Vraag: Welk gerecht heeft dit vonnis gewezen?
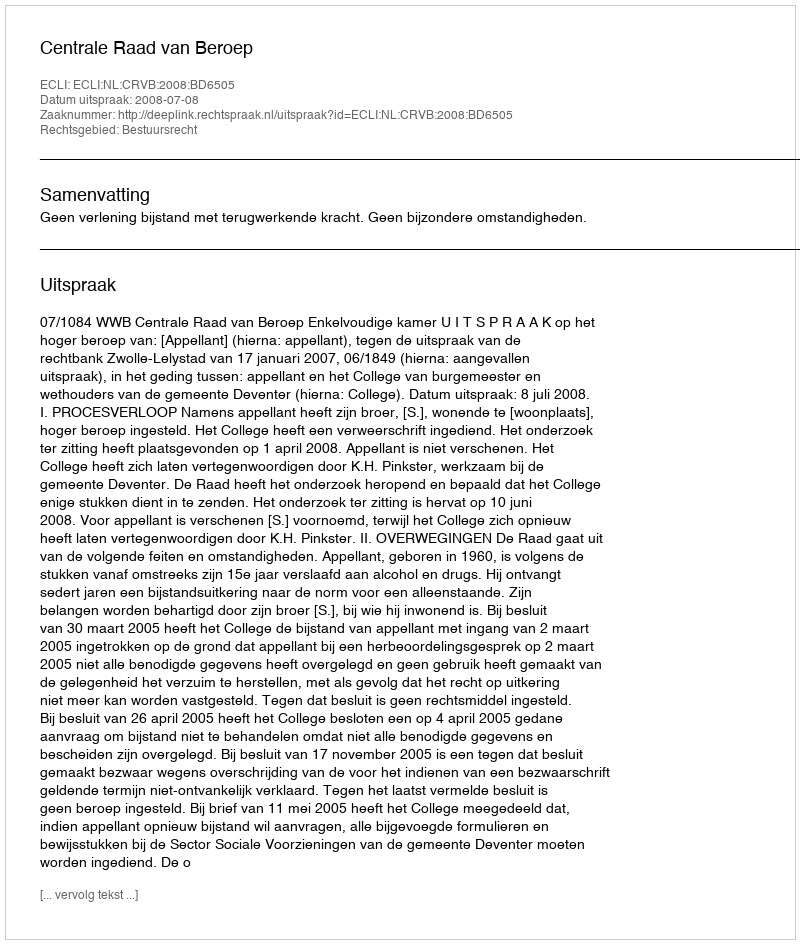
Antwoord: Centrale Raad van Beroep